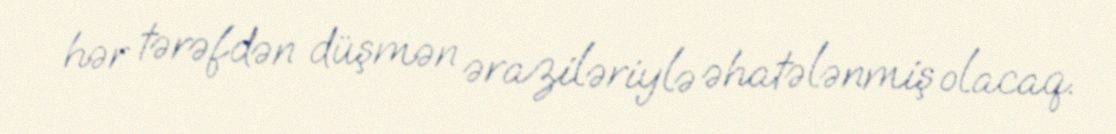
hər tərəfdən düşmən əraziləriylə əhatələnmiş olacaq.